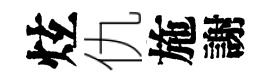
炫仇施謝